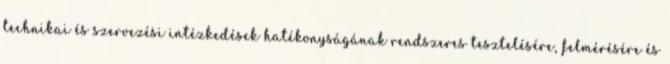
technikai és szervezési intézkedések hatékonyságának rendszeres tesztelésére, felmérésére és